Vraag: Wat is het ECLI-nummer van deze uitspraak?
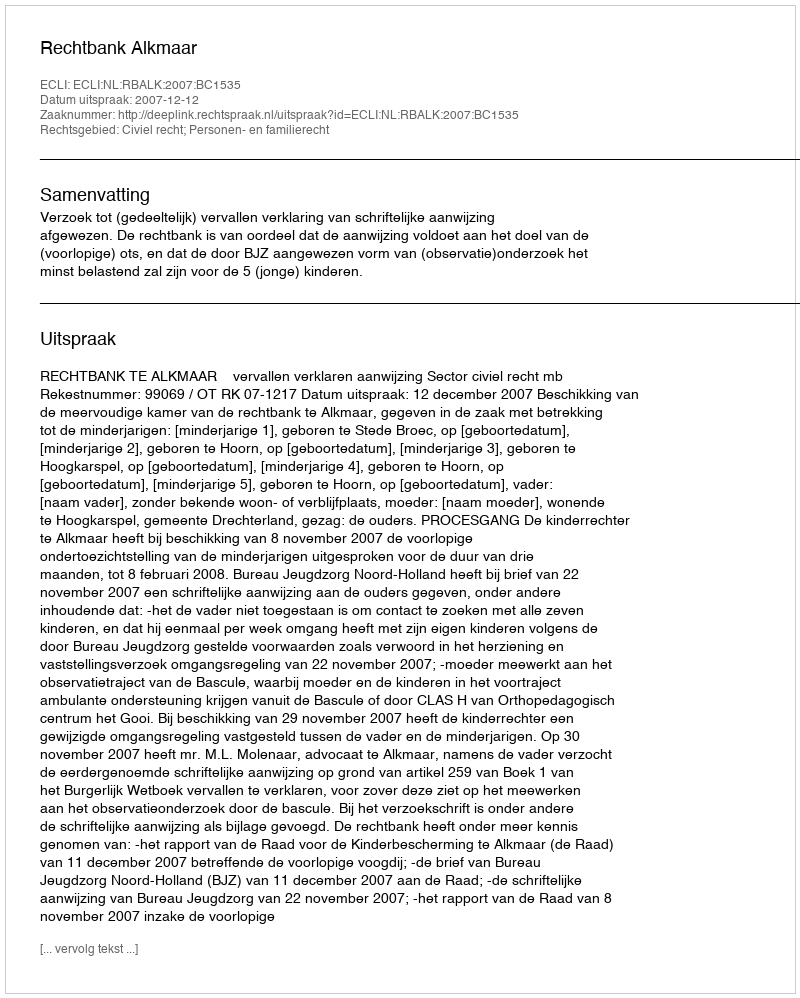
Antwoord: ECLI:NL:RBALK:2007:BC1535